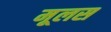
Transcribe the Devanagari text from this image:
मूलस